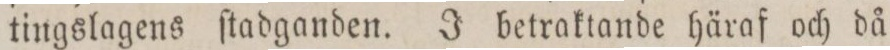
tingslagens ſtadganden. J betraktande häraf och då